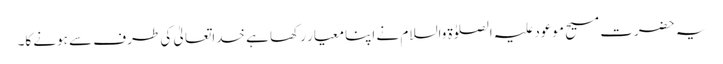
یہ حضرت مسیح موعود علیہ الصلوٰۃ والسلام نے اپنا معیار رکھا ہے خداتعالیٰ کی طرف سے ہونے کا۔